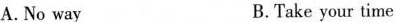
A.No way B.Take your time